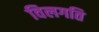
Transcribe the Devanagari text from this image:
विलगति